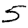
Digit: 5